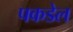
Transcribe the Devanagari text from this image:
पकडेल